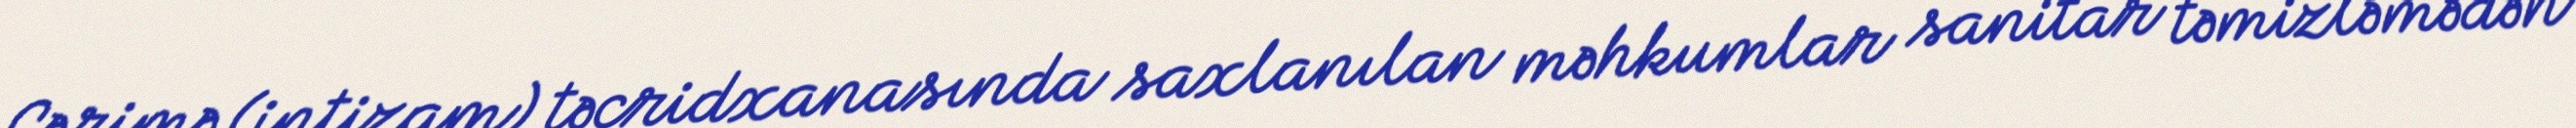
Cərimə (intizam) təcridxanasında saxlanılan məhkumlar sanitar təmizləmədən